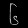
Digit: ၆